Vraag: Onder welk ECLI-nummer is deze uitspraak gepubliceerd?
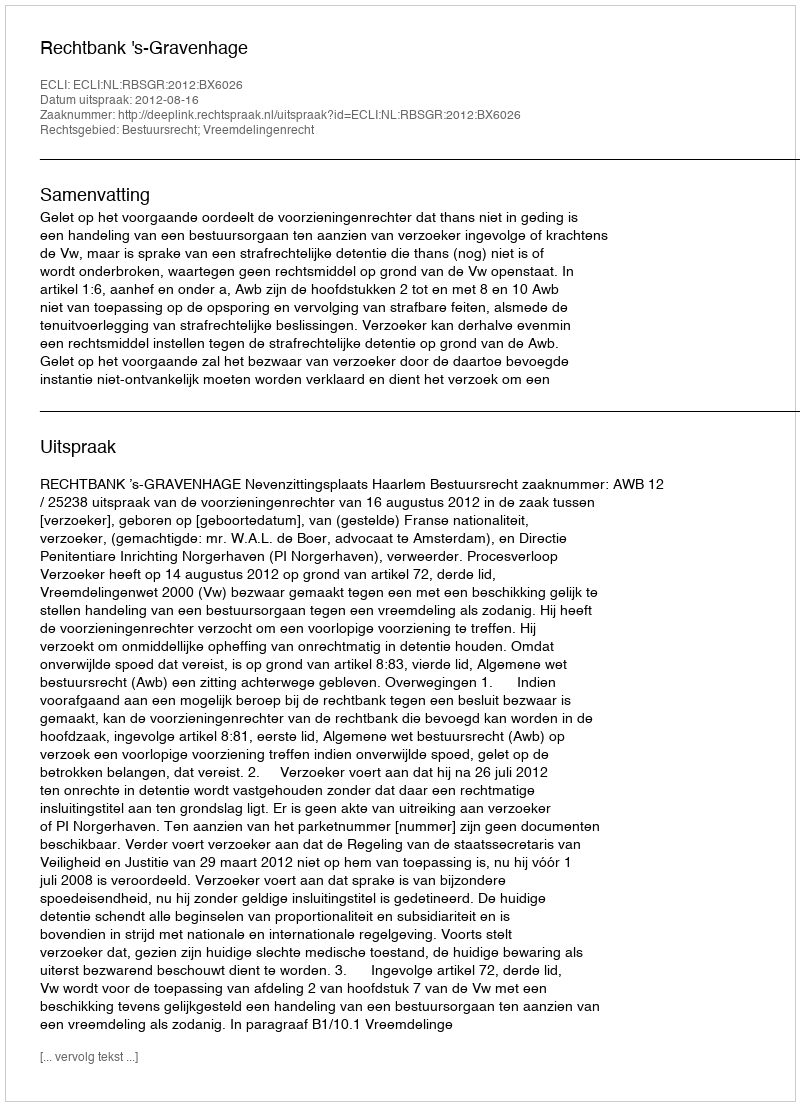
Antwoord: ECLI:NL:RBSGR:2012:BX6026